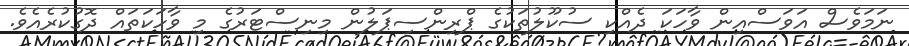
ނަމަވެސް އަވަސްއިން ވާހަކަ ދެއްކި ސުކޫލުތަކުގެ ޕްރިންސިޕަލުން މިނިސްޓަރުގެ މި ވާހަކަތައް ދޮގުކުރެއެވެ.